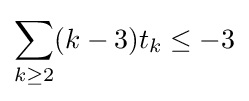
\displaystyle \sum _{k\geq 2}(k-3)t_{k}\leq -3